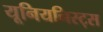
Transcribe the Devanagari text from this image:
यूनियनिस्ट्स